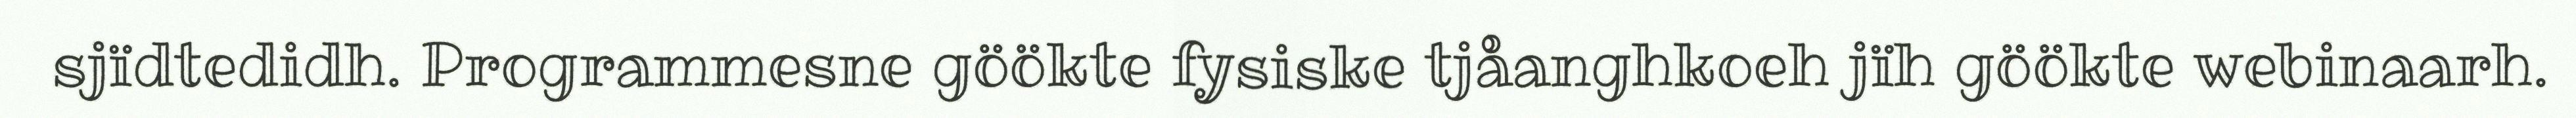
sjïdtedidh. Programmesne göökte fysiske tjåanghkoeh jïh göökte webinaarh.